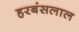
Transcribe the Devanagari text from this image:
हरबंसलाल